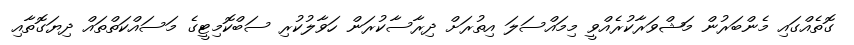
ގޮތެއްގައި މެންބަރުން މަޝްވަރާކުރެއްވީ މިމައްސަލަ އިތުރަށް ދިރާސާކުރަން ހަވާލުކުރި ސަބްކޮމިޓީގެ މަސައްކަތްތައް ދިޔަގޮތާއި